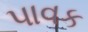
પાવક